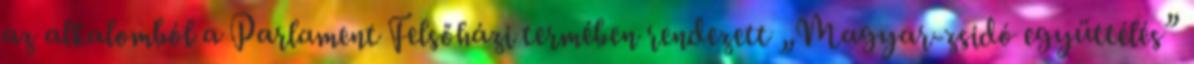
az alkalomból a Parlament Felsőházi termében rendezett „Magyar-zsidó együttélés”